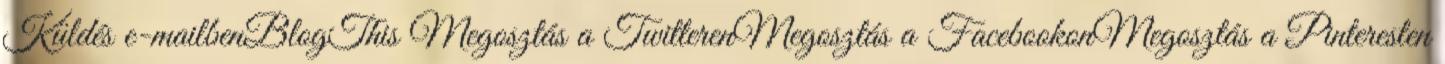
Küldés e-mailbenBlogThis Megosztás a TwitterenMegosztás a FacebookonMegosztás a Pinteresten